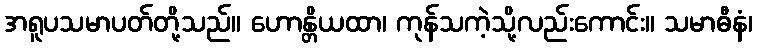
အရူပသမာပတ်တို့သည်။ ဟောန္တိယထာ၊ ကုန်သကဲ့သို့လည်းကောင်း။ သမာဓီနံ၊